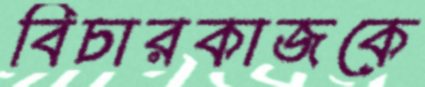
বিচারকাজকে